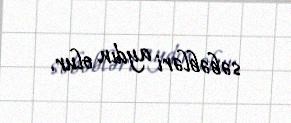
səbəbləri aydın olur.